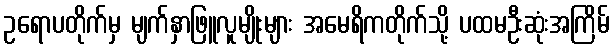
ဥရောပတိုက်မှ မျက်နှာဖြူလူမျိုးများ အမေရိကတိုက်သို့ ပထမဦးဆုံးအကြိမ်